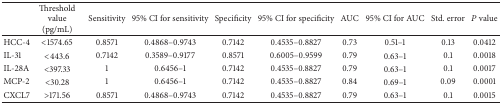
|  | Threshold value (pg/mL) | Sensitivity | 95% CI for sensitivity | Specificity | 95% CI for specificity | AUC | 95% CI for AUC | Std. error | P value |
 | --- | --- | --- | --- | --- | --- | --- | --- | --- | --- |
 | HCC-4 | <1574.65 | 0.8571 | 0.4868–0.9743 | 0.7142 | 0.4535–0.8827 | 0.73 | 0.51–1 | 0.13 | 0.0412 |
 | IL-31 | <443.6 | 0.7142 | 0.3589–0.9177 | 0.8571 | 0.6005–0.9599 | 0.79 | 0.63–1 | 0.1 | 0.0018 |
 | IL-28A | <397.33 | 1 | 0.6456–1 | 0.7142 | 0.4535–0.8827 | 0.79 | 0.63–1 | 0.1 | 0.0017 |
 | MCP-2 | <30.28 | 1 | 0.6456–1 | 0.7142 | 0.4535–0.8827 | 0.84 | 0.69–1 | 0.09 | 0.0001 |
 | CXCL7 | >171.56 | 0.8571 | 0.4868–0.9743 | 0.7142 | 0.4535–0.8827 | 0.79 | 0.63–1 | 0.1 | 0.0015 |